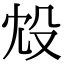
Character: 㱽